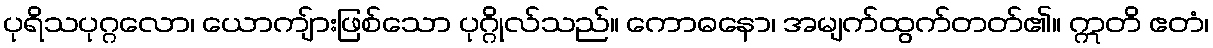
ပုရိသပုဂ္ဂလော၊ ယောကျ်ားဖြစ်သော ပုဂ္ဂိုလ်သည်။ ကောဓနော၊ အမျက်ထွက်တတ်၏။ ဣတိ ဧတံ၊